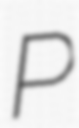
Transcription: P